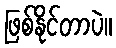
ဖြစ်နိုင်တာပဲ။